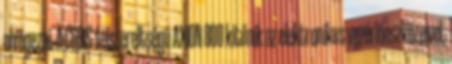
elvégezni. A CEBIS-felszereltségű AXION 800 kitűnik az elektronikus vezérlőeszközeivel,